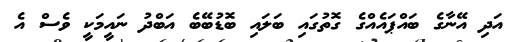
އަދި އޭނާގެ ބައްޕައެއްގެ ގޮތުގައި ބަލައި ބޮޑުބޭބެ އަބްދު ނައީމަކީ ވެސް އެ